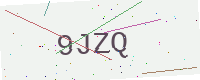
Text: 9JZQ